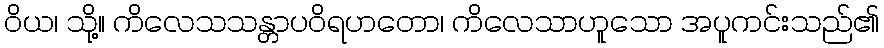
ဝိယ၊ သို့။ ကိလေသသန္တာပဝိရဟတော၊ ကိလေသာဟူသော အပူကင်းသည်၏